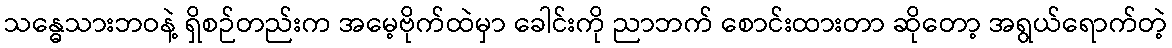
သန္ဓေသားဘဝနဲ့ ရှိစဉ်တည်းက အမေ့ဗိုက်ထဲမှာ ခေါင်းကို ညာဘက် စောင်းထားတာ ဆိုတော့ အရွယ်ရောက်တဲ့